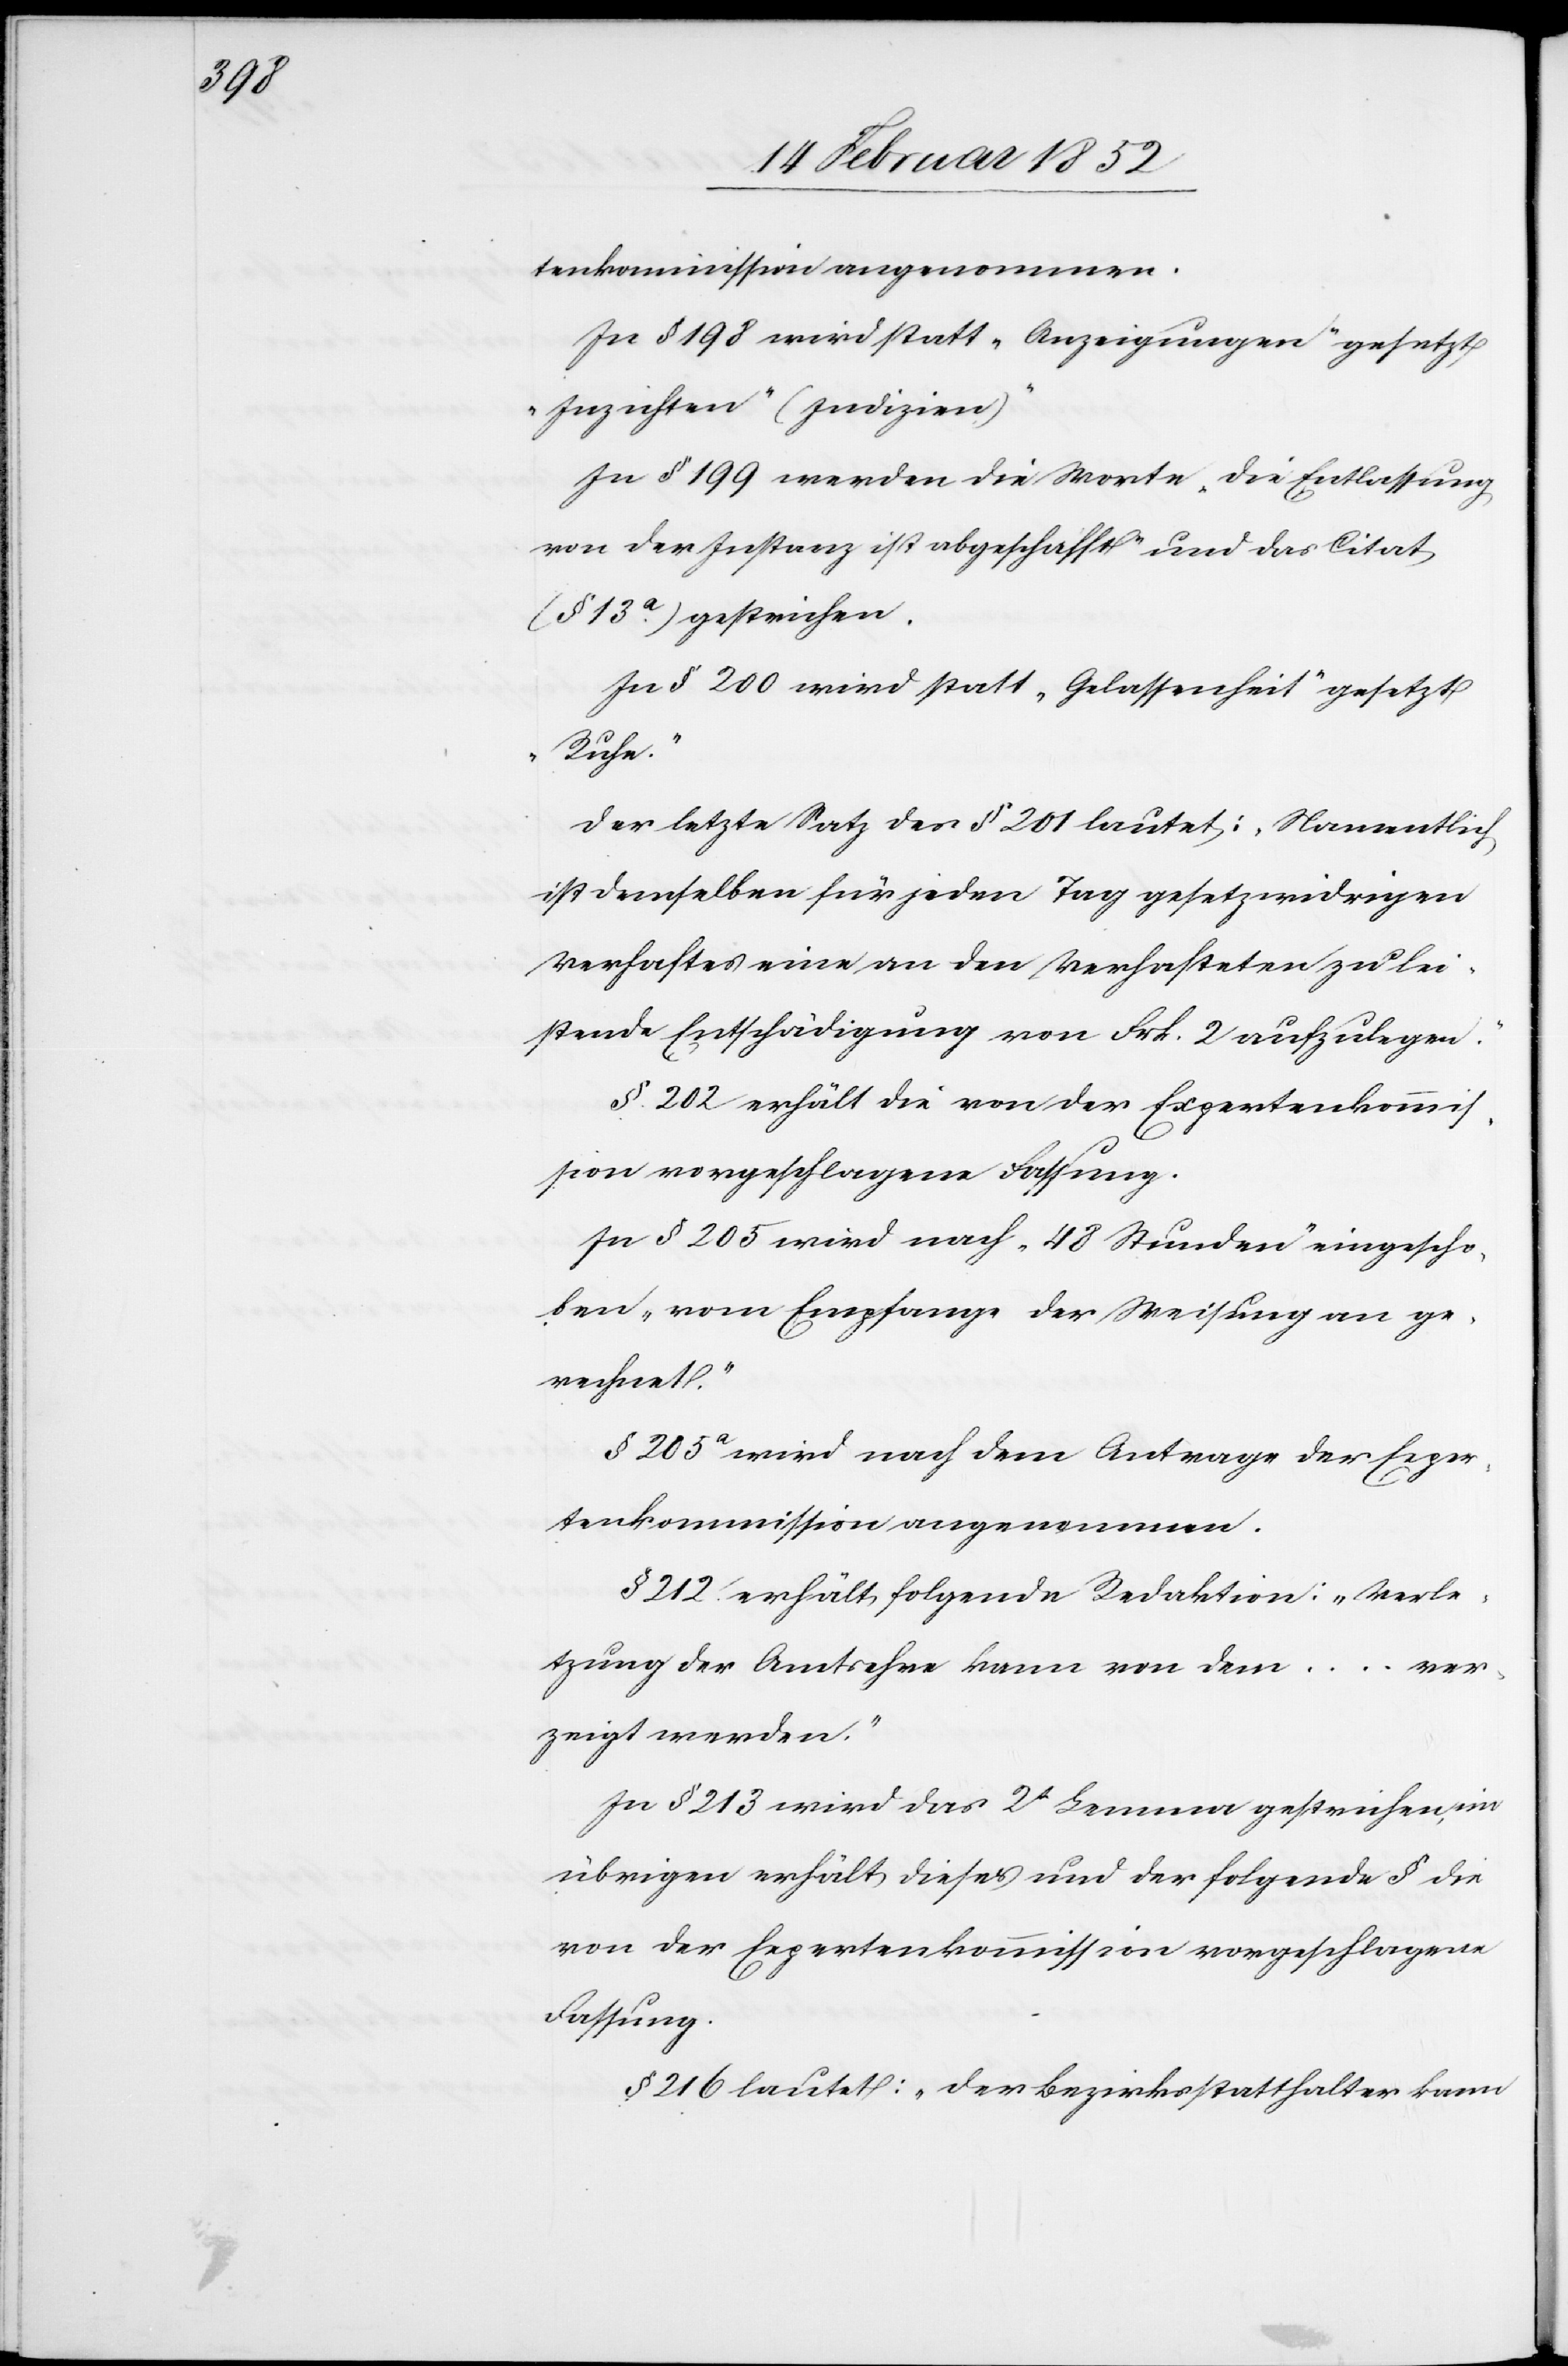
tenkommission angenommen.
In § 198 wird statt „Anzeigungen“ gesetzt
„Inzichten“ (Indizien
In § 199 werden die Worte „die Entlassung
von der Instanz ist abgeschafft“ und das Citat
(§ 13a) gestrichen.
In § 100 wird statt „Gelassenheit“ gesetzt
„Ruhe“.
Der letzte Satz des § 201 lautet: „Namentlich
ist demselben für jeden Tag gesetzwidrigen
Verhaftes eine an den Verhafteten zu lei¬
stende Entschädigung von Frk. 2 aufzulegen.“
§ 202 erhält die von der Expertenkommis¬
sion vorgeschlagene Fassung.
In § 205 wird nach „48 Stunden“ eingescho¬
ben „vom Empfange der Weisung an ge¬
rechnet.“
§ 205a wird nach dem Antrage der Exper¬
tenkommission angenommen.
§ 212 erhält folgende Redaktion: „Verle¬
tzung der Amtsehre kann von dem ... ver¬
zeigt werden.“
In § 213 wird das 2t Lemma gestrichen, im
übrigen erhält dieses und der folgende § die
von der Expertenkommission vorgeschlagene
Fassung.
§ 216 lautet: „Der Bezirksstatthalter kann